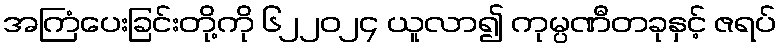
အကြံပေးခြင်းတို့ကို ၆၂၂၀၂၄ ယူလာ၍ ကုမ္ပဏီတခုနှင့် ဇရပ်